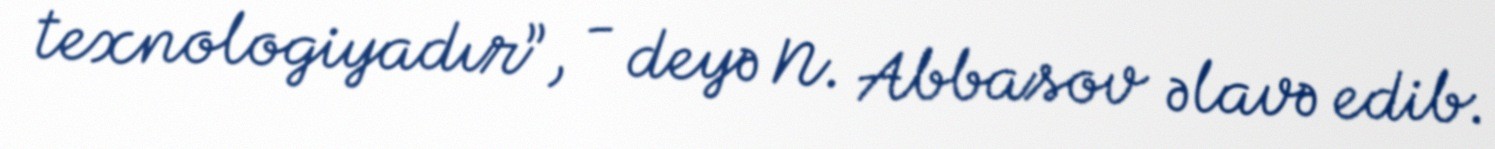
texnologiyadır”, - deyə N. Abbasov əlavə edib.